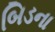
બિડના